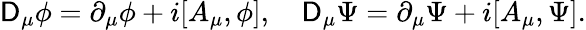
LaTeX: \mathsf{D}_{\mu}\phi=\partial_{\mu}\phi+i[A_{\mu},\phi],\quad\mathsf{D}_{\mu}\Psi=\partial_{\mu}\Psi+i[A_{\mu},\Psi].